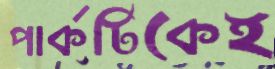
পার্কটিকেই